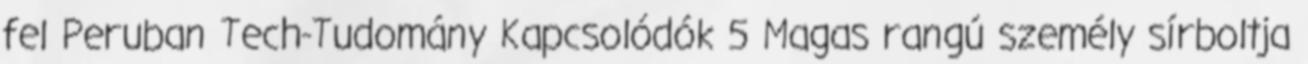
fel Peruban Tech-Tudomány Kapcsolódók 5 Magas rangú személy sírboltja